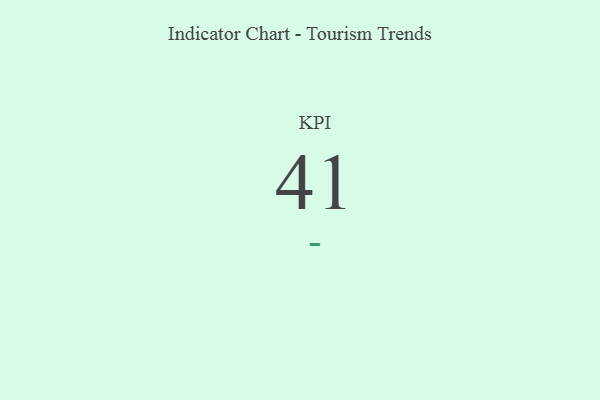
{"axis": {"x": "KPI", "y": "Value"}, "legend": [""], "data": [{"x": "KPI", "y": 41, "type": ""}]}